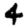
Digit: 4